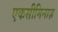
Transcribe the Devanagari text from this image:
एकसीमिनाज़